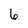
Character: 6